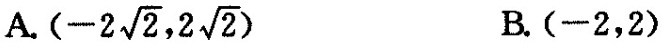
A. $$(-2 \sqrt{2},2 \sqrt{2})$$ B.(-2，2)